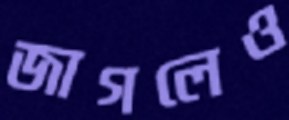
জাগলেও